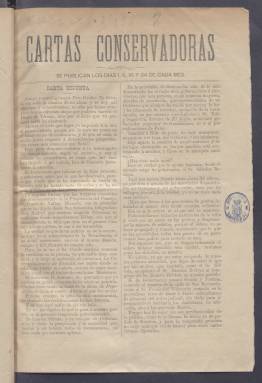
Título: Cartas conservadoras
Colección: Periódicos
Ámbito geográfico: Madrid
Lugar de publicación: Madrid
Fechas: 02/09/1890-30/06/1891